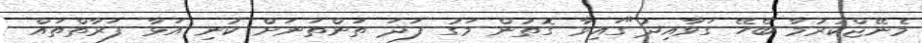
މެނޭޖްކުރުމާ ބެހޭ ގަވާއިދު"ގައިވާ ގޮތުން މަގު ފަދަ ތަންތަނަށް ކުނި އަޅާ ފަރާތްތައް